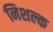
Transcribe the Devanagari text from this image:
निशल्क